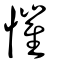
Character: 慛